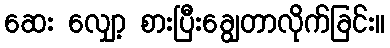
ဆေး လျှော့ စားပြီးချွေတာလိုက်ခြင်း။